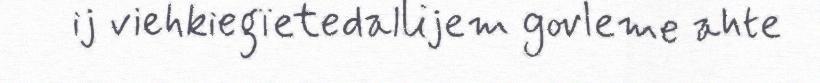
ij viehkiegïetedallijem govleme ahte